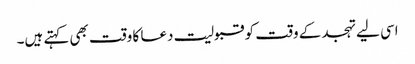
اسی لیے تہجد کے وقت کو قبولیت دعا کا وقت بھی کہتے ہیں۔